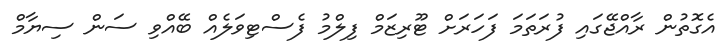
އެގޮތުން ރާއްޖޭގައި ފުރަތަމަ ފަހަރަށް ޓޫރިޒަމް ފިލްމު ފެސްޓިވަލެއް ބޭއްވި ސަން ސިޔާމް